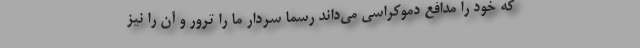
که خود را مدافع دموکراسی می‌داند رسما سردار ما را ترور و آن را نیز